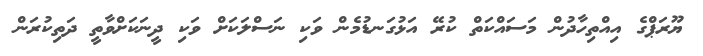
ޔޫރަޕްގެ އިއްތިހާދުން މަސައްކަތް ކުރޭ އަޅުގަނޑުމެން ވަކި ނަސްލަކަށް ވަކި ދީނަކަށްވާތީ ދަތިކުރަން